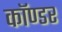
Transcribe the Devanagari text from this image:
कॉण्डर